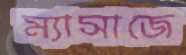
ম্যাসাজে